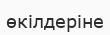
өкілдеріне